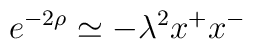
e^{-2\rho}\simeq -\lambda^2x^+x^-